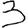
Digit: 3